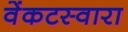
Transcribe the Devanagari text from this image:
वेंकटस्वारा